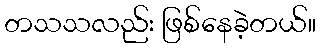
တသသလည်း ဖြစ်နေခဲ့တယ်။